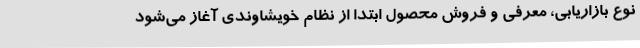
نوع بازاریابی، معرفی و فروش محصول ابتدا از نظام خویشاوندی آغاز می‌شود